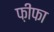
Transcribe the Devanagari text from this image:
फ़ीफा